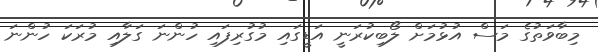
މިބާވަތުގެ މަސް އުޅުމަށް ލޯބިކުރަނީ އަޑީގައި މުގުރިފައި ހުންނަ ގަލާއި މުރަކަ ހުންނަ